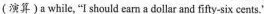
(演算) a while,"I should earn a dollar and fifty-six cents."